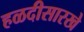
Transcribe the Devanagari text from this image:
हळदीसारखे